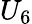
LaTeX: U_{6}